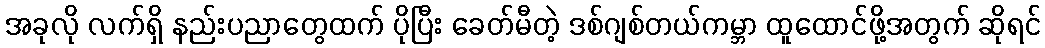
အခုလို လက်ရှိ နည်းပညာတွေထက် ပိုပြီး ခေတ်မီတဲ့ ဒစ်ဂျစ်တယ်ကမ္ဘာ ထူထောင်ဖို့အတွက် ဆိုရင်